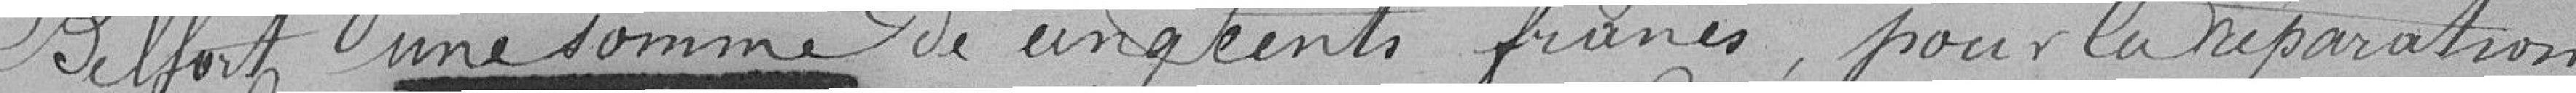
Belfort une somme de cinq cents francs pour la réparation